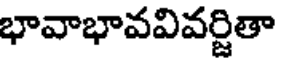
భావాభావవివర్జితా